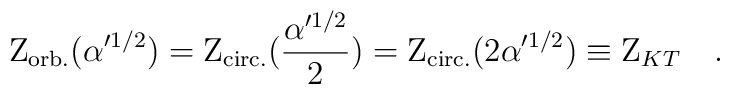
{\rm Z}_{\rm orb.} ( \alpha^{\prime 1/2} ) = {\rm Z}_{\rm circ.} ( {{\alpha^{\prime 1/2}}\over{2}} ) = {\rm Z}_{\rm circ.} ( 2\alpha^{\prime 1/2} ) \equiv {\rm Z}_{KT}\quad .